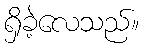
ရှိခဲ့လေသည်။